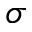
\sigma